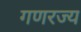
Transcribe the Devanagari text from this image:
गणरज्य